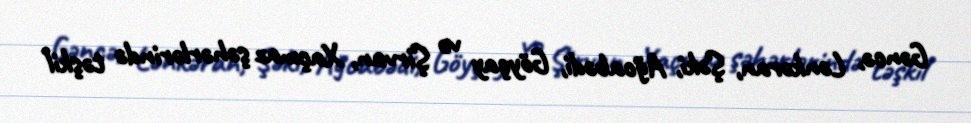
Gəncə, Lənkəran, Şəki, Ağcabədi, Göyçay və Şirvan, Xaçmaz şəhərlərində təşkil